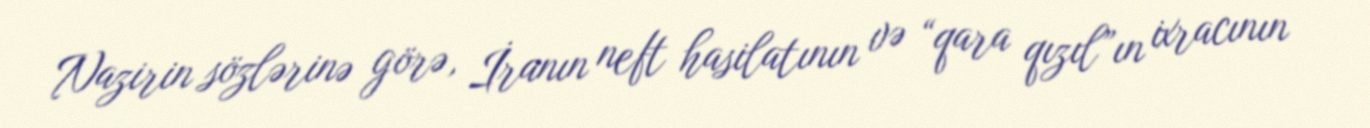
Nazirin sözlərinə görə, İranın neft hasilatının və “qara qızıl”ın ixracının